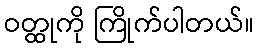
ဝတ္ထုကို ကြိုက်ပါတယ်။